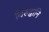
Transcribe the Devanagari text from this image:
विरुद्धानि